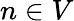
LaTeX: n\in V